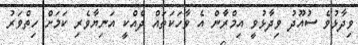
ވިދާޅުވެ ސުއޫދު ވިދާޅުވީ އިމްރާން އެ ވާހަކަތައް ދެއްކީ އަނިޔާވެރި ކަމަށް ހިތްވަރު